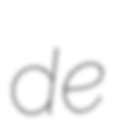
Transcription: de